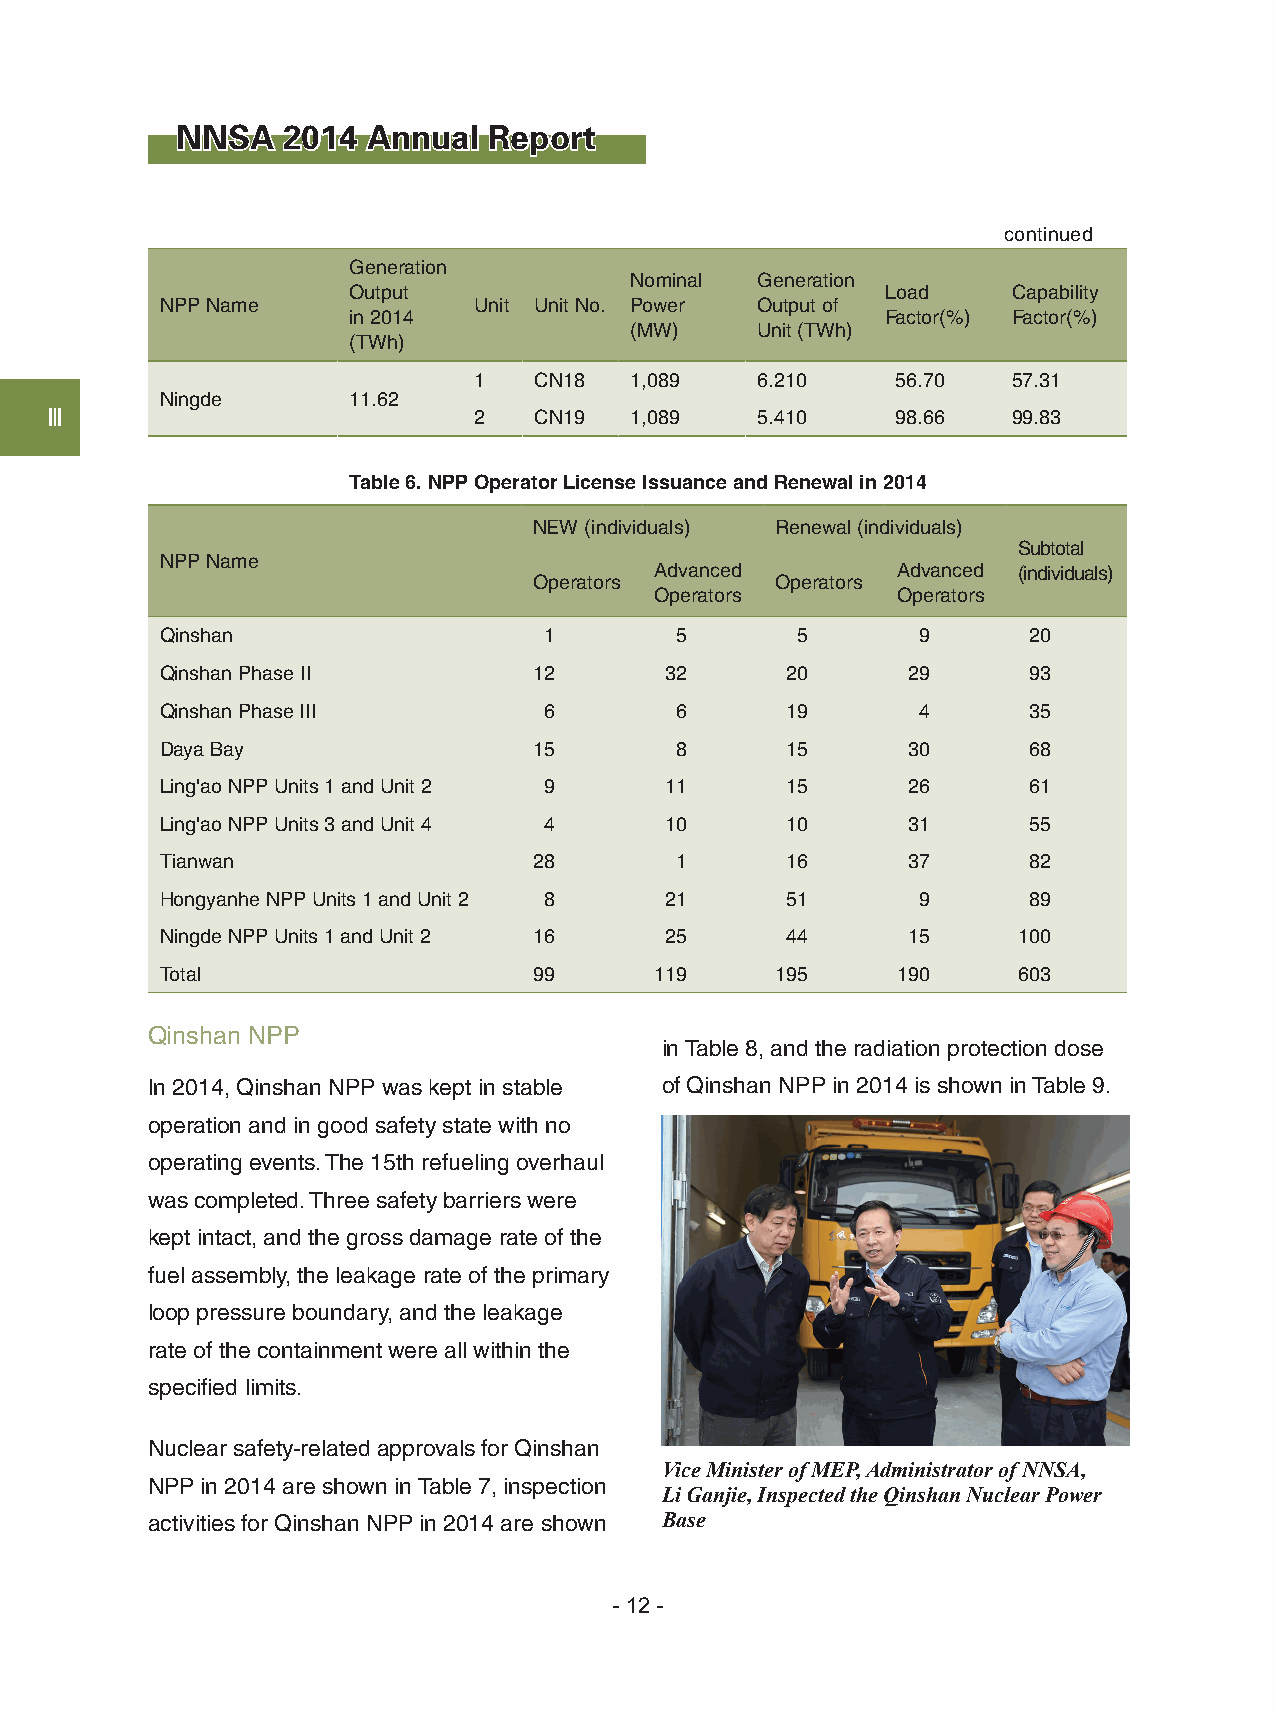
NNSA   2014 Annual  Report
 continued
 Generation
 Nominal Generation
 Output                              Load    Capability
 NPP Name            Unit Unit No. Power Output of
 in 2014                             Factor(%) Factor(%)
 (MW)    Unit (TWh)
 (TWh)
 1   CN18   1,089   6.210    56.70   57.31
 Ningde      11.62
 Ⅲ                           2   CN19   1,089   5.410    98.66   99.83
 Table 6. NPP Operator License Issuance and Renewal in 2014
 NEW (individuals) Renewal (individuals)
 Subtotal
 NPP Name
 Advanced        Advanced (individuals)
 Operators       Operators
 Operators       Operators
 Qinshan                  1        5       5       9      20
 Qinshan Phase II        12       32      20      29      93
 Qinshan Phase III        6        6      19       4      35
 Daya Bay                15        8      15      30      68
 Ling'ao NPP Units 1 and Unit 2 9 11      15      26      61
 Ling'ao NPP Units 3 and Unit 4 4 10      10      31      55
 Tianwan                 28        1      16      37      82
 Hongyanhe NPP Units 1 and Unit 2 8 21    51       9      89
 Ningde NPP Units 1 and Unit 2 16 25      44      15     100
 Total                   99      119     195     190     603
 Qinshan NPP
 in Table 8, and the radiation protection dose
 In 2014, Qinshan NPP was kept in stable of Qinshan NPP in 2014 is shown in Table 9.
 operation and in good safety state with no
 operating events. The 15th refueling overhaul
 was completed. Three safety barriers were
 kept intact, and the gross damage rate of the
 fuel assembly, the leakage rate of the primary
 loop pressure boundary, and the leakage
 rate of the containment were all within the
 specified limits.
 Nuclear safety-related approvals for Qinshan
 Vice Minister of MEP, Administrator of NNSA,
 NPP in 2014 are shown in Table 7, inspection
 Li Ganjie, Inspected the Qinshan Nuclear Power
 activities for Qinshan NPP in 2014 are shown Base
 - 12 -